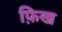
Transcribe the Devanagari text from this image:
फ़िख